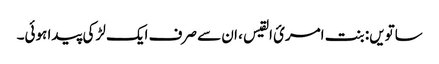
ساتویں: بنت امریٴ القیس ، ان سے صرف ایک لڑکی پیدا ہوئی۔